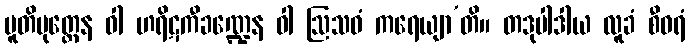
ပူတိမုတ္တေန ဝါ ဟရိဋကီခဏ္ဍေန ဝါ ဩသဓံ ကရေယျာ’တိ။ တဒုပါဒါယ လူခံ စီဝရံ